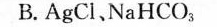
B.AgCl，NaHCO_(3).